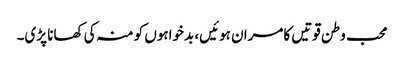
محب وطن قوتیں کامران ہوئیں، بدخواہوں کو منہ کی کھانا پڑی۔